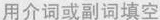
用介词或副词填空